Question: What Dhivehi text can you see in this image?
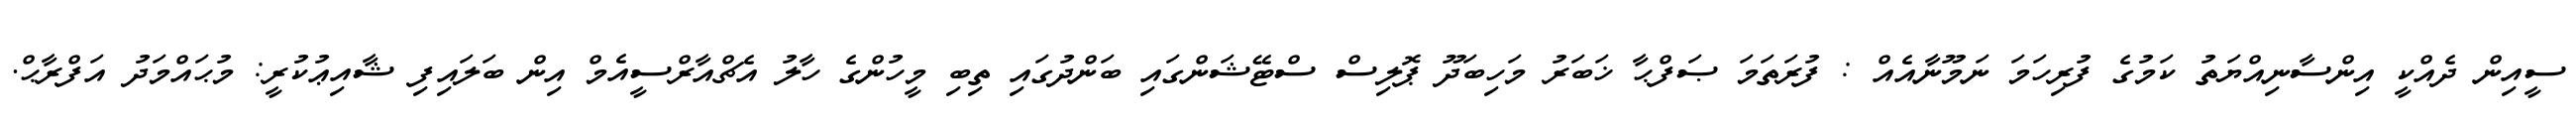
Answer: ސީއިން ދެއްކީ އިންސާނިއްޔަތު ކަމުގެ ފުރިހަމަ ނަމޫނާއެއް : ފުރަތަމަ ޞަފްޙާ ޚަބަރު މަހިބަދޫ ޕޮލިސް ސްޓޭޝަންގައި ބަންދުގައި ތިބި މީހުންގެ ހާލު އެޗްއާރްސީއެމް އިން ބަލައިފި ޝާއިޢުކުރީ: މުޙައްމަދު އަފްރާޙް.